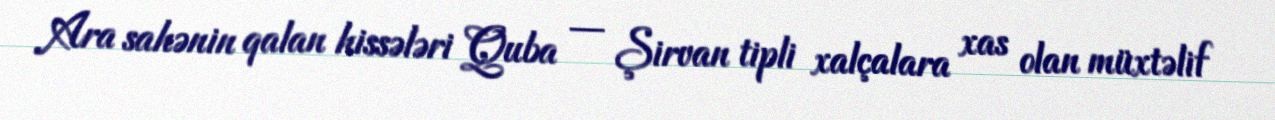
Ara sahənin qalan hissələri Quba — Şirvan tipli xalçalara xas olan müxtəlif